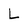
Character: L